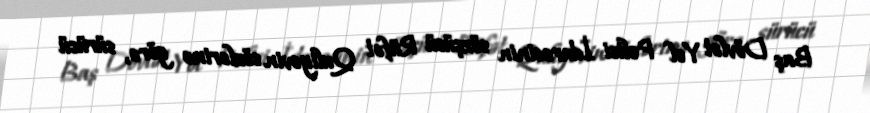
Baş Dövlət Yol Polisi İdarəsinin sözçüsü Rüfət Quliyevin sözlərinə görə, sürücü